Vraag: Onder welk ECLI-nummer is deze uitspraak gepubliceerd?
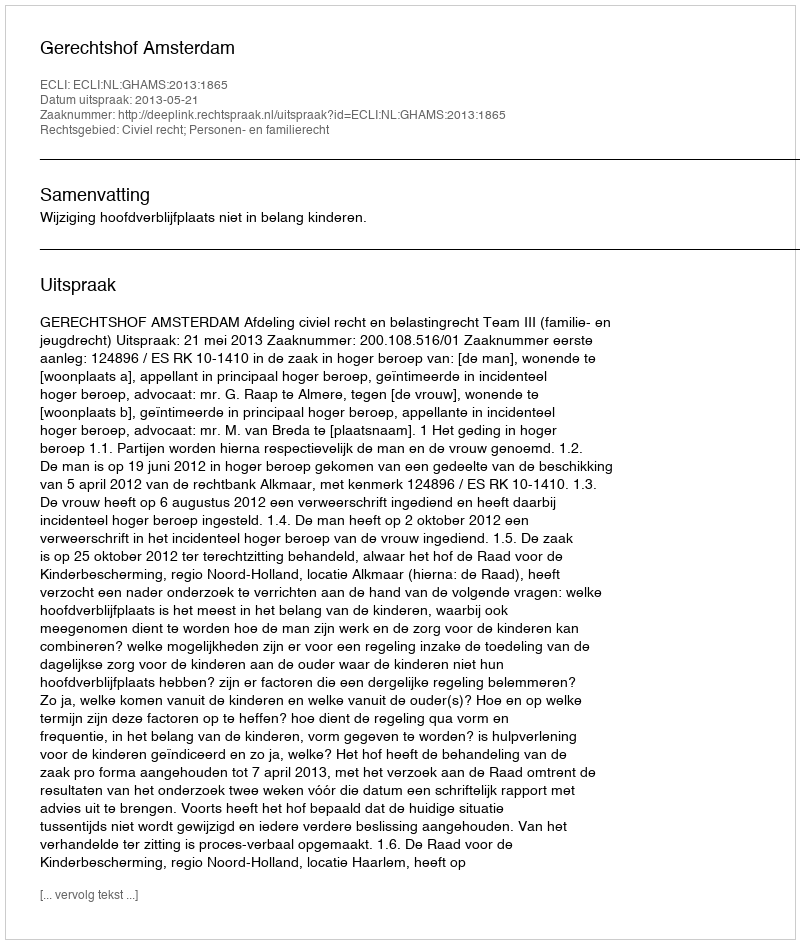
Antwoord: ECLI:NL:GHAMS:2013:1865